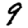
Digit: 9